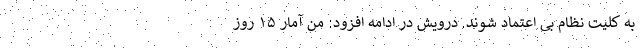
به کلیت نظام بی اعتماد شوند. درویش در ادامه افزود: من آمار ۱۵ روز